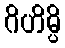
ဂိဟိမ္ပိ